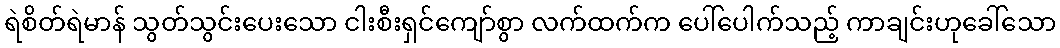
ရဲစိတ်ရဲမာန် သွတ်သွင်းပေးသော ငါးစီးရှင်ကျော်စွာ လက်ထက်က ပေါ်ပေါက်သည့် ကာချင်းဟုခေါ်သော